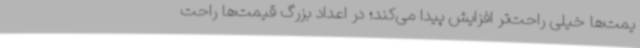
یمت‌ها خیلی راحت‌تر افزایش پیدا می‌کند؛ در اعداد بزرگ قیمت‌ها راحت